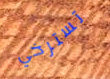
تسترخي